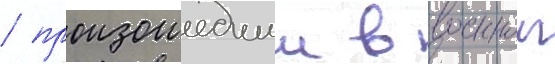
/ произошедшии в военнои